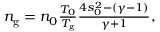
\begin{array} { r } { n _ { \mathrm { g } } = n _ { 0 } \frac { T _ { 0 } } { T _ { \mathrm { g } } } \frac { 4 s _ { 0 } ^ { 2 } - ( \gamma - 1 ) } { \gamma + 1 } , } \end{array}